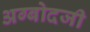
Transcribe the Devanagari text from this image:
अग्बोदजी